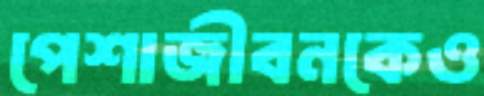
পেশাজীবনকেও